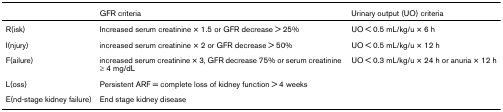
|  | GFR criteria | Urinary output (UO) criteria |
 | --- | --- | --- |
 | R(isk) | Increased serum creatinine × 1.5 or GFR decrease > 25% | UO < 0.5 mL/kg/u × 6 h |
 | I(njury) | increased serum creatinine × 2 or GFR decrease > 50% | UO < 0.5 mL/kg/u × 12 h |
 | F(ailure) | increased serum creatinine × 3, GFR decrease 75% or serum creatinine ≥ 4 mg/dL | UO < 0.3 mL/kg/u × 24 h or anuria × 12 h |
 | L(oss) | Persistent ARF = complete loss of kidney function > 4 weeks |  |
 | E(nd-stage kidney failure) | End stage kidney disease |  |